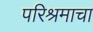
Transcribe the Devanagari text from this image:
परिश्रमाचा